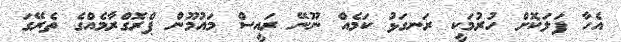
އެހާ ފަލަކޮށް ހުރުމަކީ ރަނގަޅު ކަމެއް ނޫނޭ ރައީސް މައުމޫން ޕްރޮގްރާމެއްގެ ތެރޭގަ